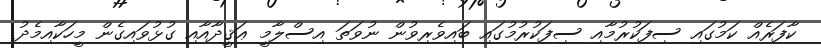
ކާފަރެއް ކަމުގައި ސިފަކުރުމާއި ސިފަކުރުމުގައި ބައިވެރިވުން ނުވަތަ އިސްލާމީ ޢަޤީދާއާއި ގުޅުވައިގެން މީހަކާއިމެދު